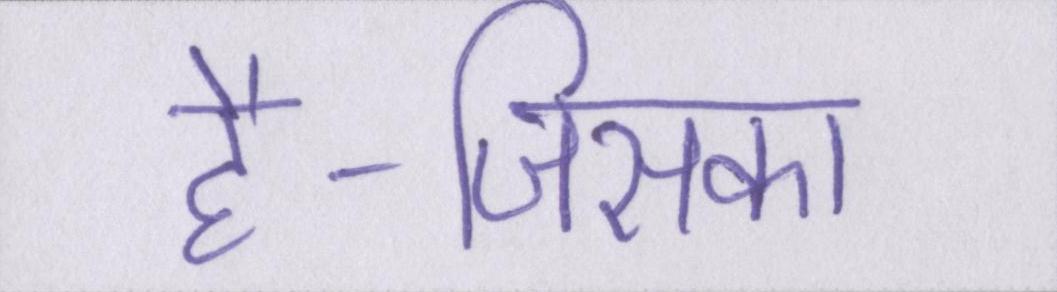
है-जिसका